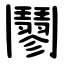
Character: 䰘